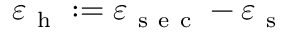
\varepsilon _ { \mathrm { ~ h ~ } } : = \varepsilon _ { \mathrm { ~ s ~ e ~ c ~ } } - \varepsilon _ { \mathrm { ~ s ~ } }